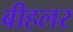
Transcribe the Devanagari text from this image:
बीहलर